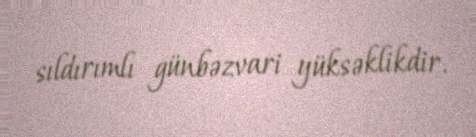
sıldırımlı günbəzvari yüksəklikdir.